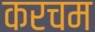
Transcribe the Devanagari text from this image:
करचम